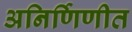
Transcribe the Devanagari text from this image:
अनिर्णिणीत